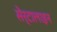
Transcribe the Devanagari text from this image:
सेर्टालाइन